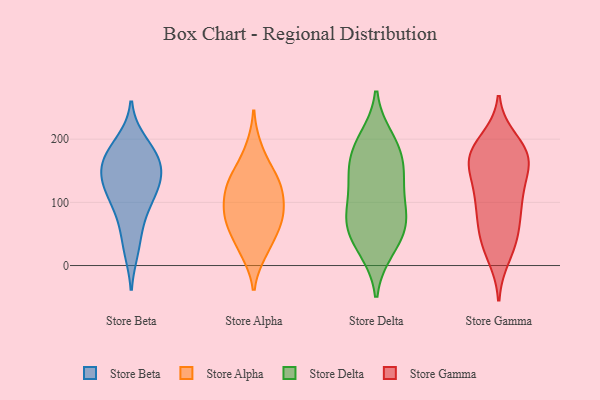
{"axis": {"x": "Revenue (USD Million)", "y": "Value"}, "legend": ["Store Alpha", "Store Beta", "Store Delta", "Store Gamma"], "data": [{"x": "", "y": 97, "type": "Store Beta"}, {"x": "", "y": 118, "type": "Store Beta"}, {"x": "", "y": 144, "type": "Store Beta"}, {"x": "", "y": 24, "type": "Store Beta"}, {"x": "", "y": 144, "type": "Store Beta"}, {"x": "", "y": 197, "type": "Store Beta"}, {"x": "", "y": 160, "type": "Store Beta"}, {"x": "", "y": 168, "type": "Store Beta"}, {"x": "", "y": 64, "type": "Store Beta"}, {"x": "", "y": 179, "type": "Store Beta"}, {"x": "", "y": 116, "type": "Store Beta"}, {"x": "", "y": 59, "type": "Store Alpha"}, {"x": "", "y": 185, "type": "Store Alpha"}, {"x": "", "y": 77, "type": "Store Alpha"}, {"x": "", "y": 124, "type": "Store Alpha"}, {"x": "", "y": 149, "type": "Store Alpha"}, {"x": "", "y": 92, "type": "Store Alpha"}, {"x": "", "y": 28, "type": "Store Alpha"}, {"x": "", "y": 136, "type": "Store Alpha"}, {"x": "", "y": 79, "type": "Store Alpha"}, {"x": "", "y": 22, "type": "Store Alpha"}, {"x": "", "y": 127, "type": "Store Alpha"}, {"x": "", "y": 109, "type": "Store Alpha"}, {"x": "", "y": 66, "type": "Store Alpha"}, {"x": "", "y": 73, "type": "Store Delta"}, {"x": "", "y": 136, "type": "Store Delta"}, {"x": "", "y": 66, "type": "Store Delta"}, {"x": "", "y": 150, "type": "Store Delta"}, {"x": "", "y": 186, "type": "Store Delta"}, {"x": "", "y": 69, "type": "Store Delta"}, {"x": "", "y": 110, "type": "Store Delta"}, {"x": "", "y": 74, "type": "Store Delta"}, {"x": "", "y": 184, "type": "Store Delta"}, {"x": "", "y": 26, "type": "Store Delta"}, {"x": "", "y": 32, "type": "Store Delta"}, {"x": "", "y": 146, "type": "Store Delta"}, {"x": "", "y": 200, "type": "Store Delta"}, {"x": "", "y": 49, "type": "Store Gamma"}, {"x": "", "y": 185, "type": "Store Gamma"}, {"x": "", "y": 163, "type": "Store Gamma"}, {"x": "", "y": 29, "type": "Store Gamma"}, {"x": "", "y": 15, "type": "Store Gamma"}, {"x": "", "y": 165, "type": "Store Gamma"}, {"x": "", "y": 103, "type": "Store Gamma"}, {"x": "", "y": 133, "type": "Store Gamma"}, {"x": "", "y": 66, "type": "Store Gamma"}, {"x": "", "y": 95, "type": "Store Gamma"}, {"x": "", "y": 117, "type": "Store Gamma"}, {"x": "", "y": 160, "type": "Store Gamma"}, {"x": "", "y": 176, "type": "Store Gamma"}, {"x": "", "y": 46, "type": "Store Gamma"}, {"x": "", "y": 198, "type": "Store Gamma"}, {"x": "", "y": 96, "type": "Store Gamma"}, {"x": "", "y": 170, "type": "Store Gamma"}, {"x": "", "y": 179, "type": "Store Gamma"}]}